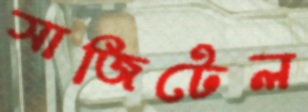
সাজিটেল